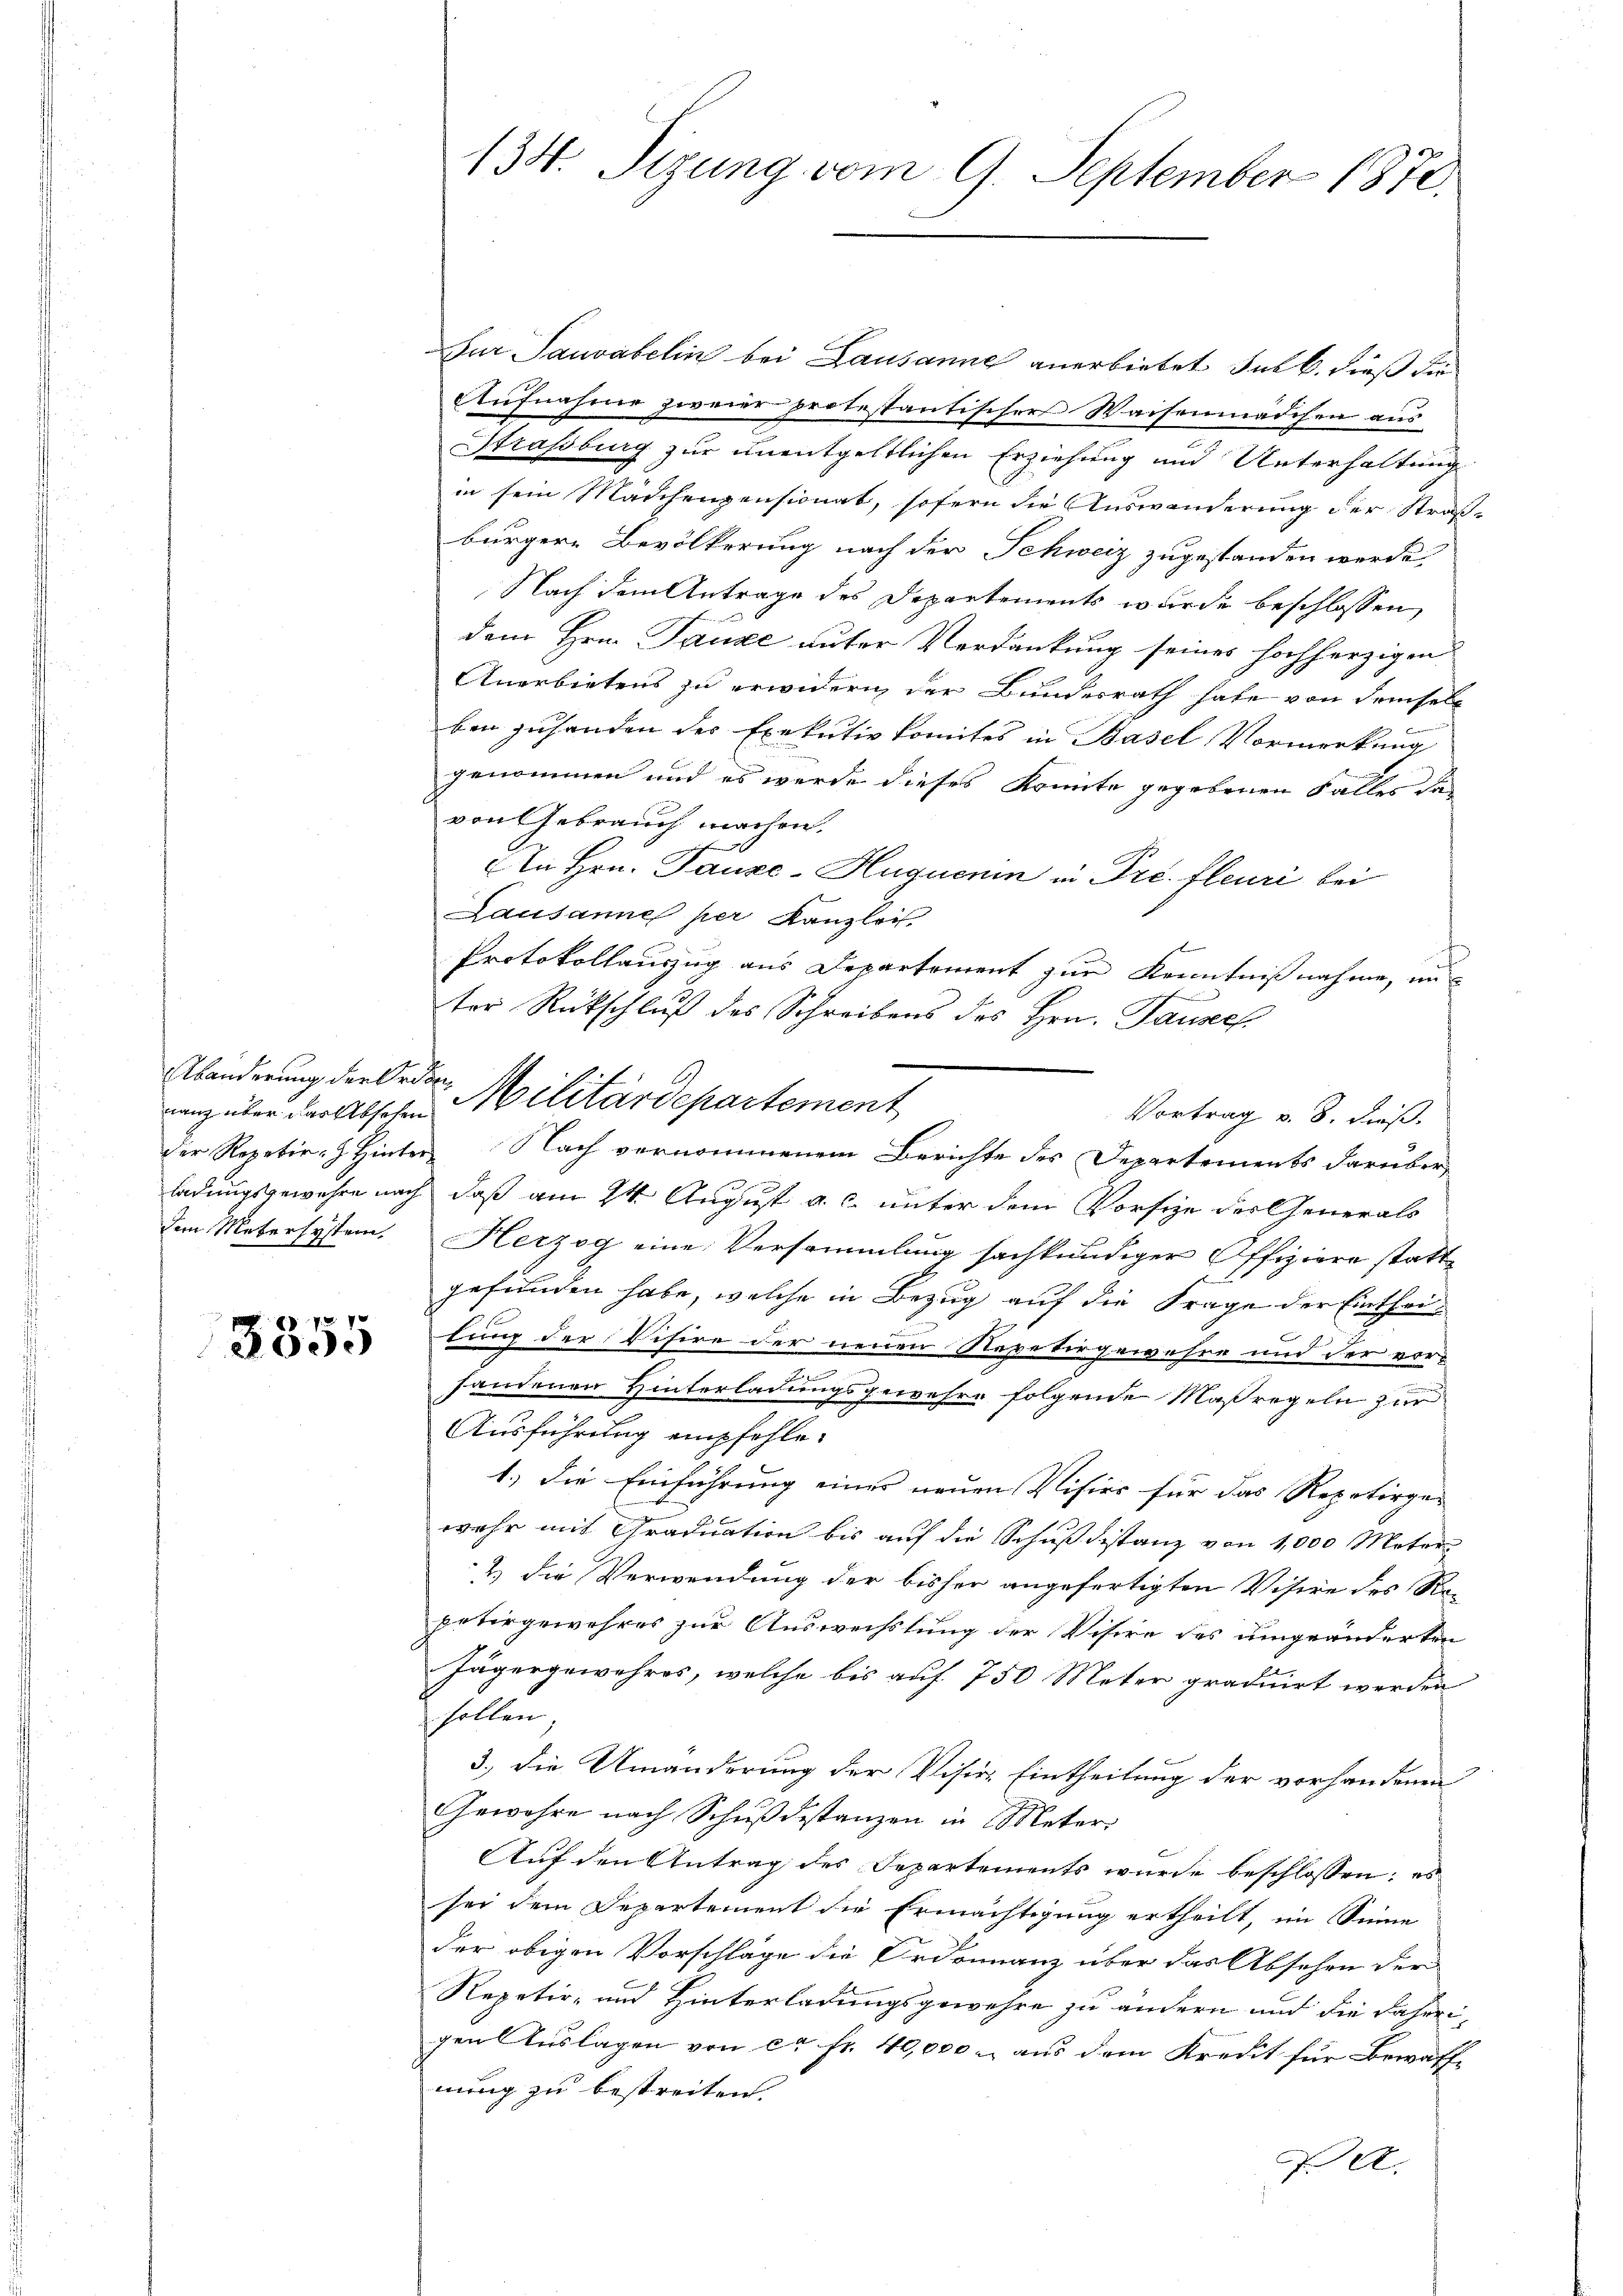
ranz über das Absehen

3355

134. Sizung vom 9. September 1870.

Fur Sauvabelin bei Lausanne anerbietet sub b. dieß die
Aufnahme zweier protestantischer Waisenmädchen aus
Straßburg zur unentgeltlichen Erziehung und Unterhaltung
in sein Mädchenpensionat, sofern die Auswanderung der Straß
bürgere Bevölkerung nach der Schweiz zugestanden werde,
Nach dem Antrage des Departements wurde beschlossen,
dem Hrn. Tanze unter Verdankung seines hochherzigen
Anerbietens zu erwidern der Bundesrath habe von demselb
ben zuhanden des Exekutivkomites in Basel Vormerkung
genommen und es werde dieses Komite gegebenen Falles das
von Gebrauch machen.
An Hrn. Pauxe-Huquenin in Pré. fleuri bei
Lausanne per Kanzlei
Protokollauszug aus Departement zur Kenntnißnahme, un
ter Rückschluß des Schreibens des Hrn. Pausec
Vortrag v. 8. dieß.
der Repetir- Hinter Nach vernommenem Berichte des Departements darüber
ladungsgewahre nach daß am 24. August a. c. unter dem Vorsie der Generals
dem Metersystem. Herzog eine Versammlung sachkundiger Offiziere stattgefunden habe, welche in Bezug auf die Frage der Eintheif
lung der Visire der neuen Nepetiergewehre und der vor-
handenen Hinterladungsgewehre folgende Maßregeln zur
Ausführung empfehle.
1.) Die Einführung einer neuen Visier für das Repetirge-
wehr mit Graduation bis auf die Schuß Distanz von 1,000 Meter
& die Verwendung der bisher angefertigten Visire des Ro-
petirgewehres zur Auswechslung der Visire des umgeänderten
Jägergewehres, welche bis auf 750 Meter graduirt werden
sollen.
3., die Umänderung der Visir- Eintheilung der vorhandenen
Gewähre nach Schußdestanzen in Meter:
Auf den Antrag des Departements wurde beschlossen; es
sei dem Departement die Ermächtigung ertheilt, im Sinne
der obigen Vorschläge die Ordinanz über das Absehen der
Repetir- und Hinterladungsgewehre zu ändern und die daherigen Auslagen von ca Fr. 40,000 - aus dem Kredit für Bewaffe
nung zu bestreiten.
A.

Abänderung der Orden Militärdepartement